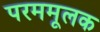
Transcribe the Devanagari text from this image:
परममूलक